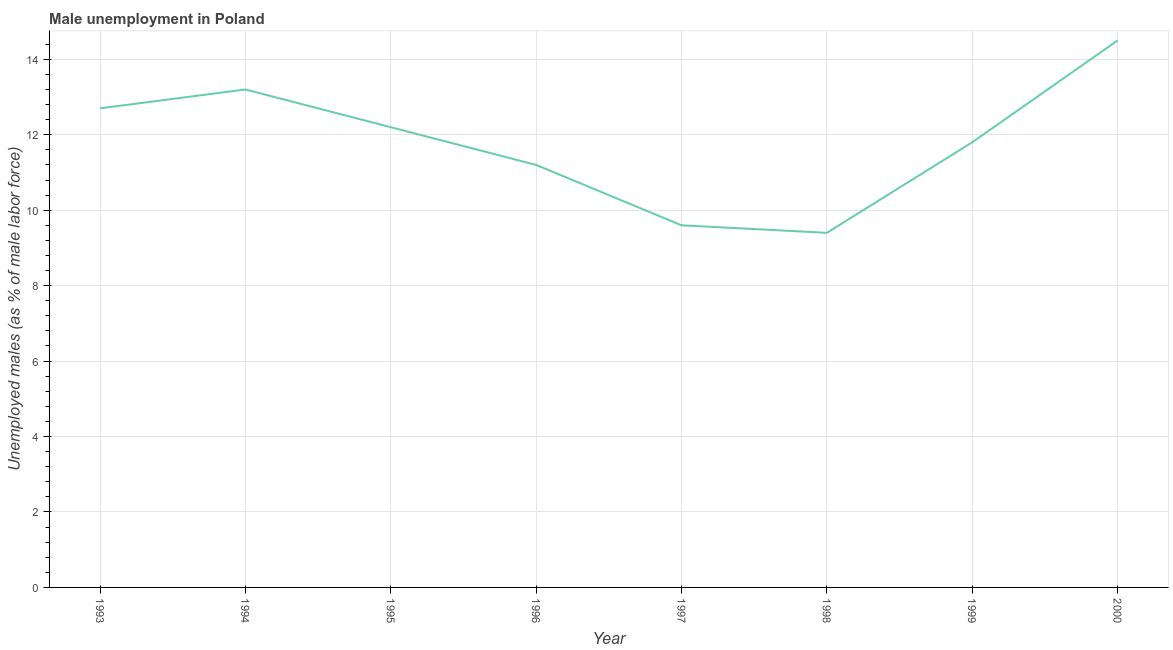
| Year | Unemployment |
 | --- | --- |
 | 1993 | 12.7 |
 | 1994 | 13.2 |
 | 1995 | 12.2 |
 | 1996 | 11.2 |
 | 1997 | 9.6 |
 | 1998 | 9.4 |
 | 1999 | 11.8 |
 | 2000 | 14.5 |